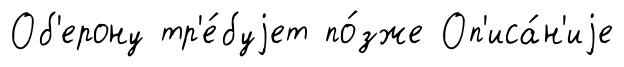
Об'ерону тр'е́буjет по́зже Оп'иса́н'иjе